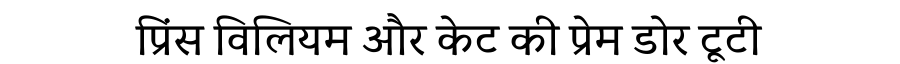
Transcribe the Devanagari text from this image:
प्रिंस विलियम और केट की प्रेम डोर टूटी